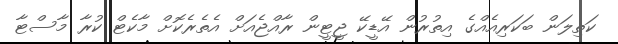
ކަތިލަން ބަކަރިއެއްގެ އިތުރުން އޭޑީކޭ ޖީޓީން ރާއްޖެއަށް އެތެރެކޮށް މާކެޓް ކުރާ މާސްޓާ